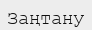
Заңтану